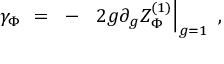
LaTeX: \gamma _ { \Phi } ~ = ~ - ~ \left. 2 g \partial _ { g } Z _ { \Phi } ^ { ( 1 ) } \right| _ { g = 1 } ~ ,